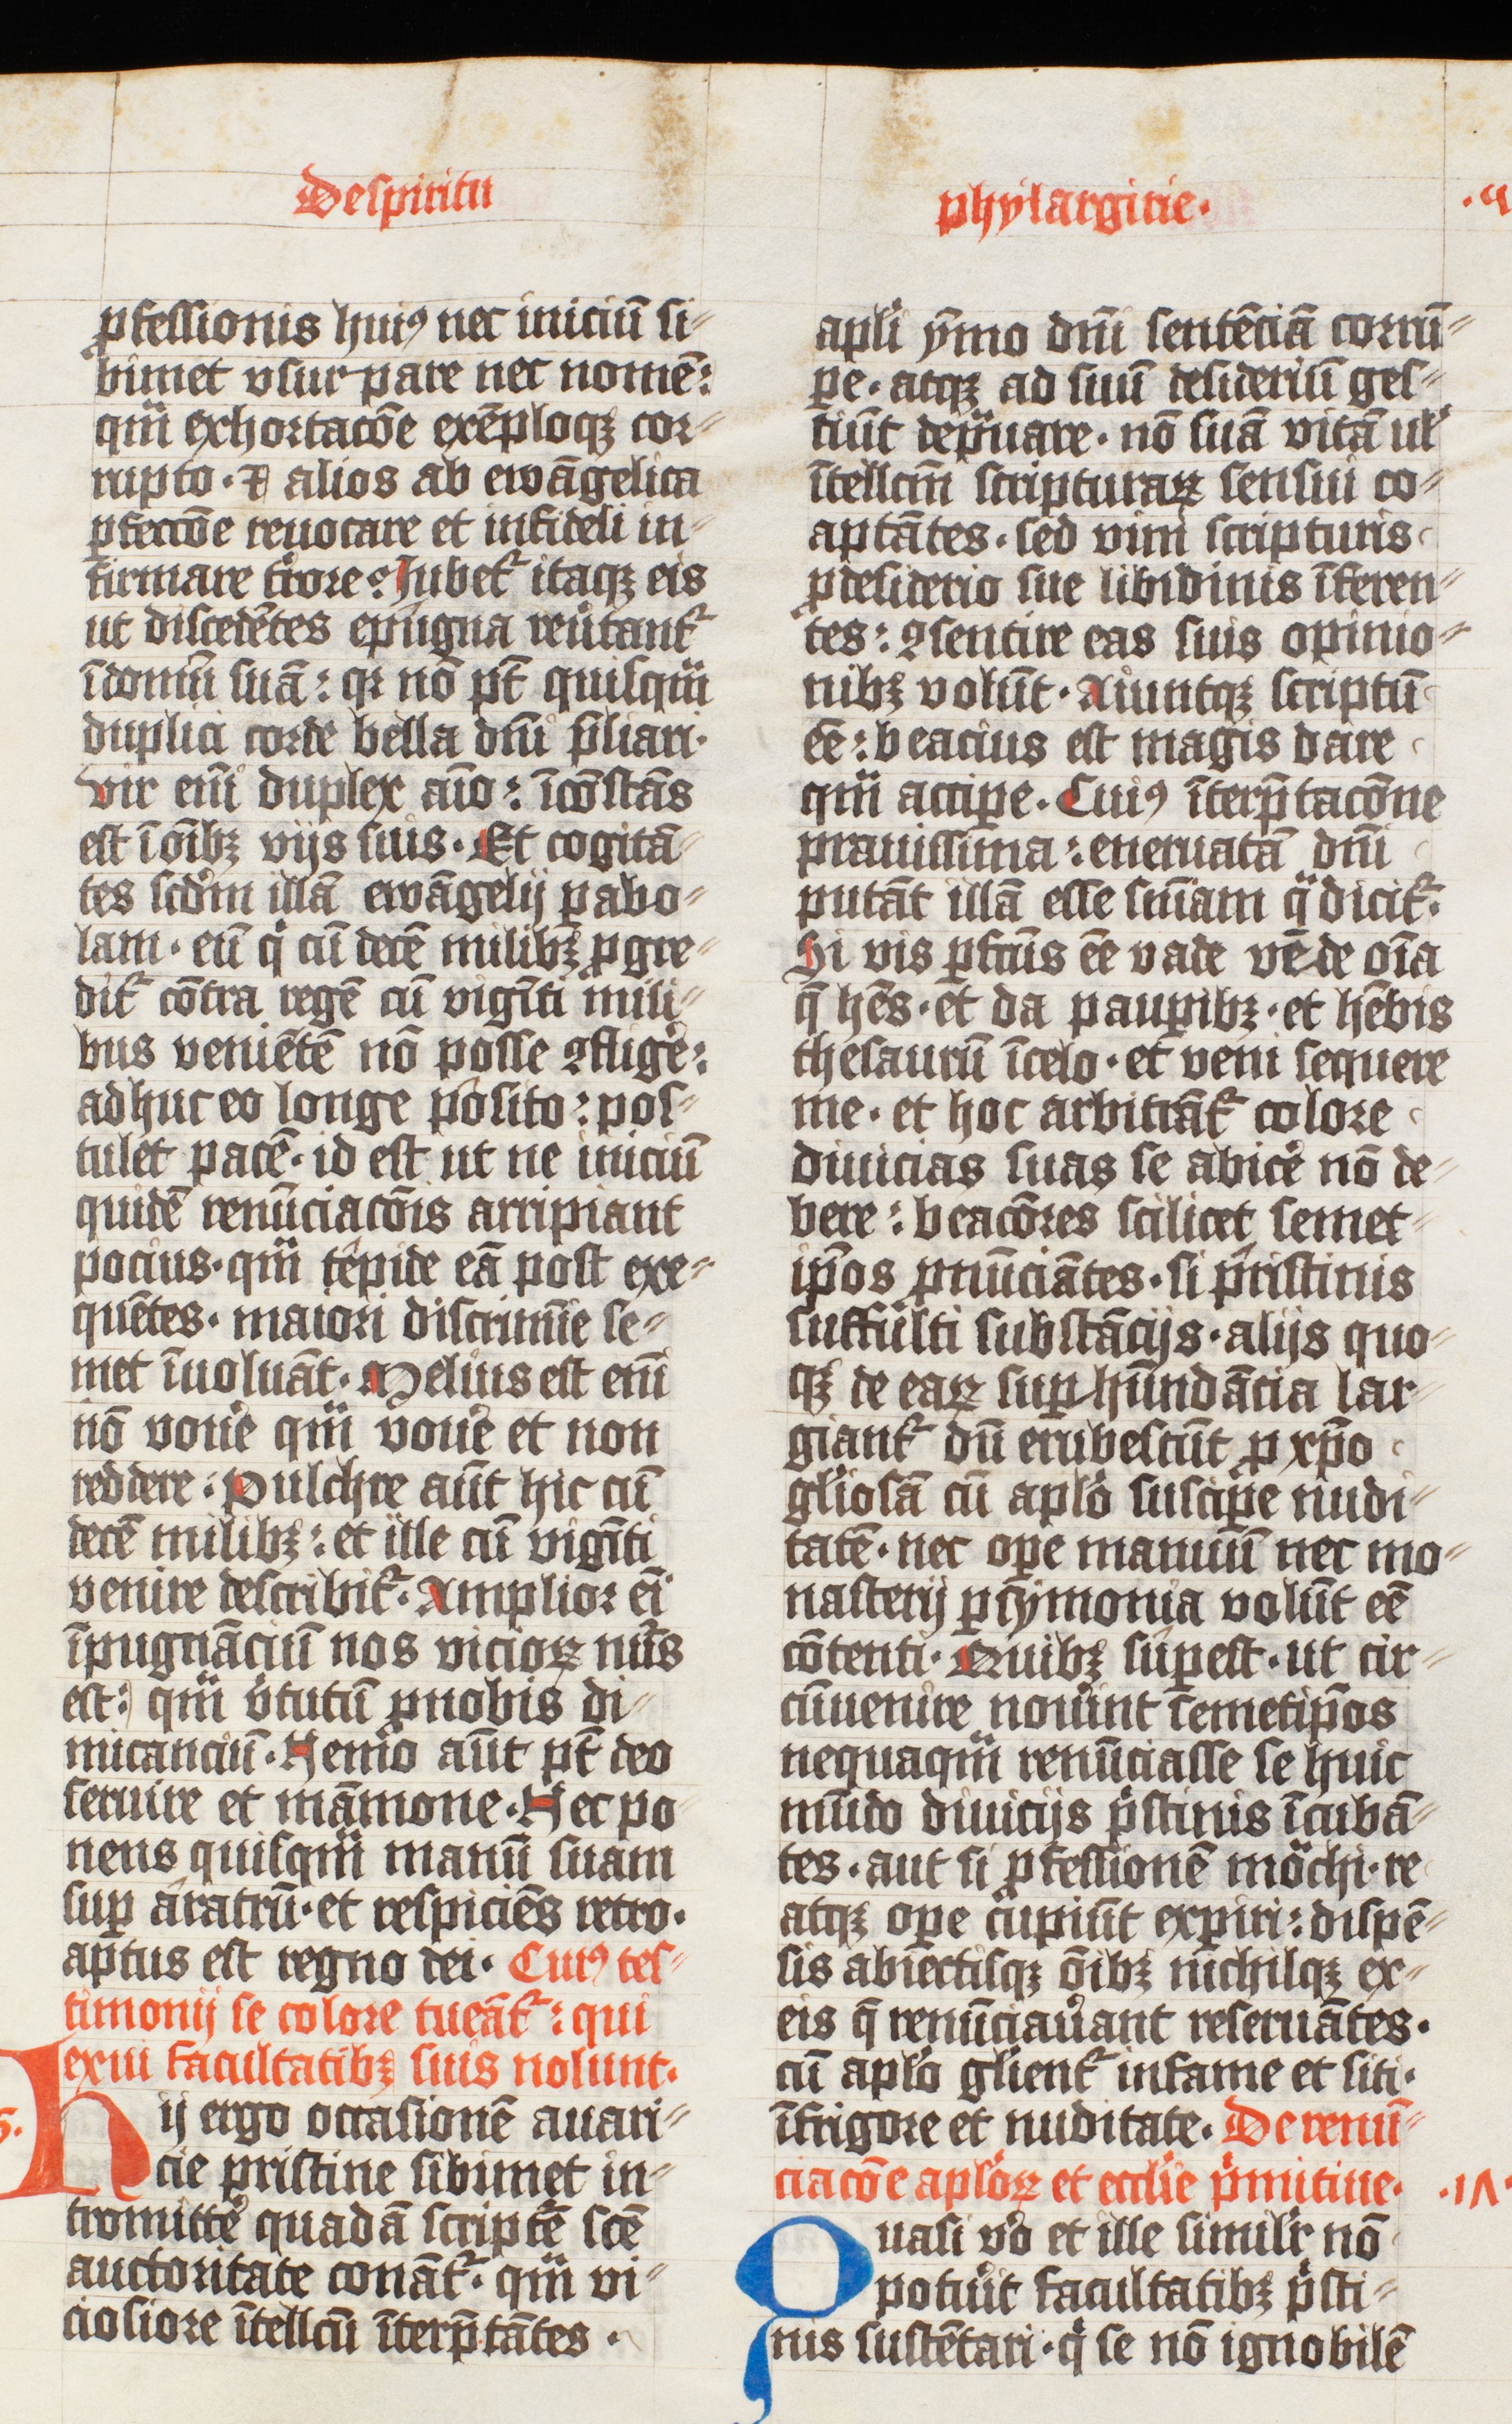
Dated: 1425–1425